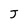
Character: J